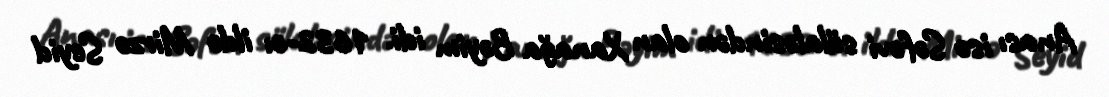
Anası isə Səfəvi sülaləsindən olan Xanağa Bəyim idi. 1632-cı ildə Mirzə Seyid